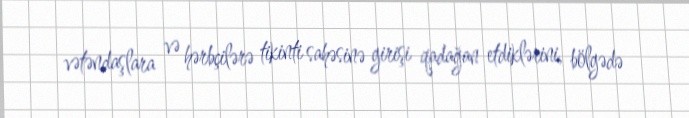
vətəndaşlara və hərbçilərə tikinti sahəsinə girişi qadağan etdiklərini, bölgədə